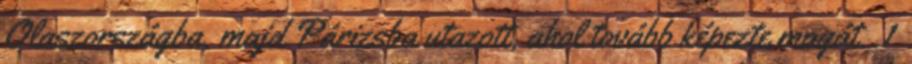
Olaszországba, majd Párizsba utazott, ahol tovább képezte magát. 1